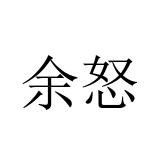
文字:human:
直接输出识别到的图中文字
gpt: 余怒